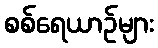
စစ်ရေယာဉ်များ